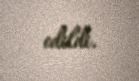
edildi.